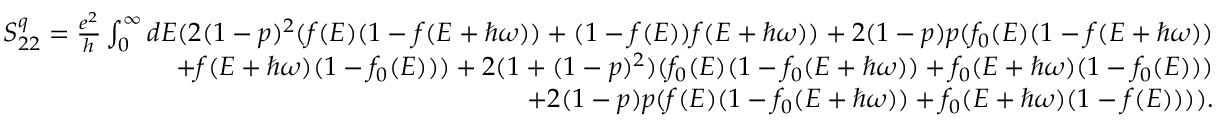
\begin{array} { r } { S _ { 2 2 } ^ { q } = \frac { e ^ { 2 } } { h } \int _ { 0 } ^ { \infty } d E ( 2 ( 1 - p ) ^ { 2 } ( f ( E ) ( 1 - f ( E + \hbar \omega ) ) + ( 1 - f ( E ) ) f ( E + \hbar \omega ) ) + 2 ( 1 - p ) p ( f _ { 0 } ( E ) ( 1 - f ( E + \hbar \omega ) ) } \\ { + f ( E + \hbar \omega ) ( 1 - f _ { 0 } ( E ) ) ) + 2 ( 1 + ( 1 - p ) ^ { 2 } ) ( f _ { 0 } ( E ) ( 1 - f _ { 0 } ( E + \hbar \omega ) ) + f _ { 0 } ( E + \hbar \omega ) ( 1 - f _ { 0 } ( E ) ) ) } \\ { + 2 ( 1 - p ) p ( f ( E ) ( 1 - f _ { 0 } ( E + \hbar \omega ) ) + f _ { 0 } ( E + \hbar \omega ) ( 1 - f ( E ) ) ) ) . } \end{array}